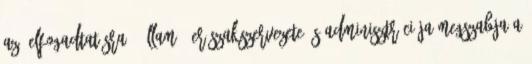
az „elfogadtatásra”? Állam = erőszakszervezete és adminisztrációja megszabja a